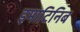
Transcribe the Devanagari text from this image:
इमाटिनिब